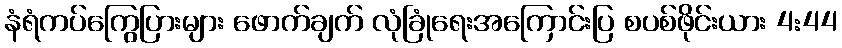
နံရံကပ်ကြွေပြားများ ဖောက်ချက် လုံခြုံရေးအကြောင်းပြ စပစ်ဖိုင်းယား 4:44